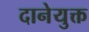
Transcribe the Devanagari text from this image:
दानेयुक्त